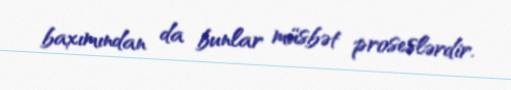
baxımından da bunlar müsbət proseslərdir.